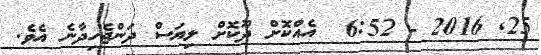
25